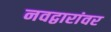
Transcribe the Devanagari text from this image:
नवद्वारांवर